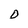
Character: D